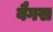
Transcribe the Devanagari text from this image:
बैगस